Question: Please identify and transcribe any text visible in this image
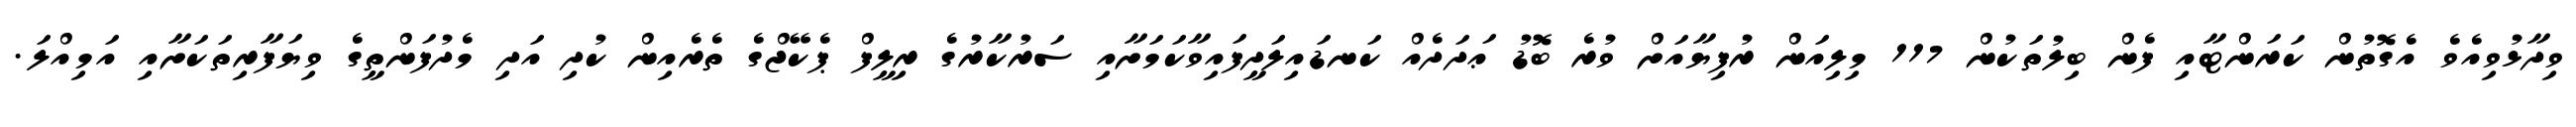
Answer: ވިދާޅުވިއެވެ އެގޮތުން ކަރަންޓާއި ފެން ބިލުތަކުން 117 މިލިއަން ރުފިޔާއަށް ވުރެ ބޮޑު ޢަދަދެއް ކަނޑައިލަދީފައިވާކަމަށާއި ސަރުކާރުގެ ރިލީފް ޕެކޭޖްގެ ތެރެއިން ކުދި އަދި މެދުފަންތީގެ ވިޔަފާރިތަކަށާއި އަމިއްލަ.